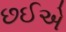
છઈએ